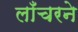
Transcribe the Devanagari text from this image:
लाँचरने